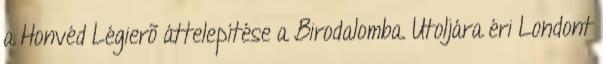
a Honvéd Légierõ áttelepítése a Birodalomba. Utoljára éri Londont